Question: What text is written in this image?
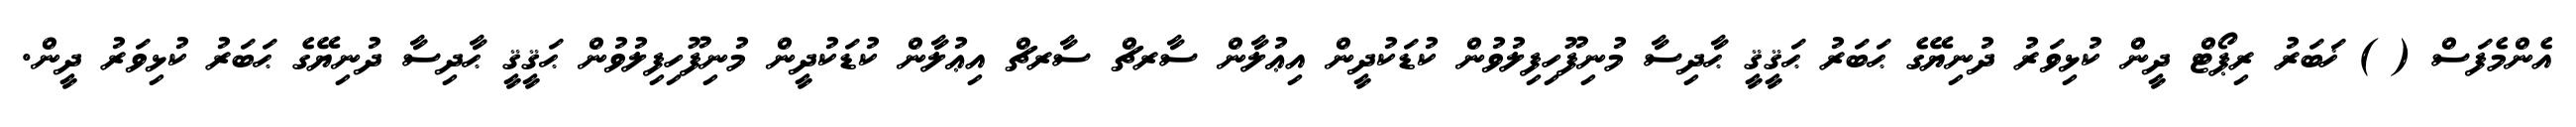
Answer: އެންމެފަސް ( ) ޚަބަރު ރިޕޯޓް ދީން ކުޅިވަރު ދުނިޔޭގެ ޙަބަރު ޙަޤީޤީ ޙާދިސާ މުނިފޫހިފިލުވުން ކުޑަކުދީން އިޢުލާން ސާރޗް ސާރޗް އިޢުލާން ކުޑަކުދީން މުނިފޫހިފިލުވުން ޙަޤީޤީ ޙާދިސާ ދުނިޔޭގެ ޙަބަރު ކުޅިވަރު ދީން.